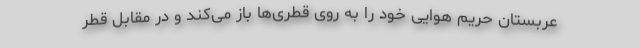
عربستان حریم هوایی خود را به روی قطری‌ها باز می‌کند و در مقابل قطر